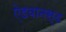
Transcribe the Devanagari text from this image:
ऐडवानस्ड